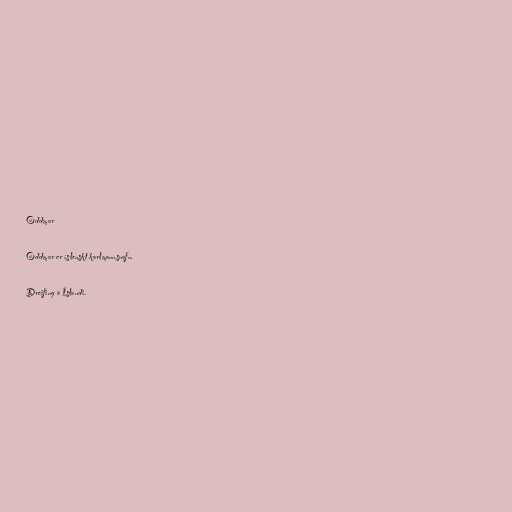
Oddmar

Oddmar er íslenskt karlmannsnafn.

Dreifing á Íslandi.